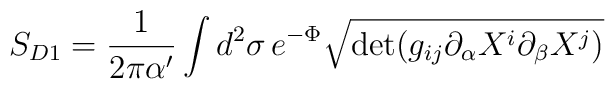
S_{D1} = \frac{1}{ 2\pi \alpha'}\int d^2\sigma \, e^{-\Phi}\sqrt{{\rm det}(g_{ij}\partial_\alpha X^i \partial_\beta X^j)}